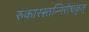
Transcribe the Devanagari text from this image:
रुकारस्तन्निरोधकृत्